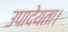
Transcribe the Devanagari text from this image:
उपादेयता।